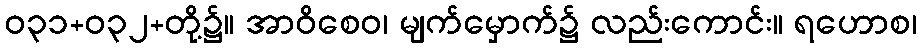
ဝ၃၁+၀၃၂+တို့၌။ အာဝိစေဝ၊ မျက်မှောက်၌ လည်းကောင်း။ ရဟောစ၊